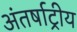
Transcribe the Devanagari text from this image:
अंतर्षाट्रीय